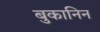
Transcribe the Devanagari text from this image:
बुकानिन